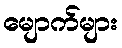
မျောက်များ